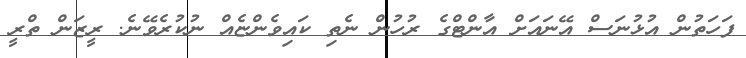
ފަހަތުން އުޅުނަސް އޭނައަށް އާންޓްގެ ރުހުން ނެތި ކައިވެންޏެއް ނުކުރެވޭނެ. ރީޒަން ތްރީ